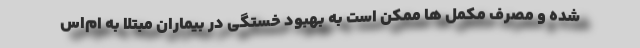
شده و مصرف مکمل ها ممکن است به بهبود خستگی در بیماران مبتلا به ام‌اس